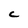
Character: C